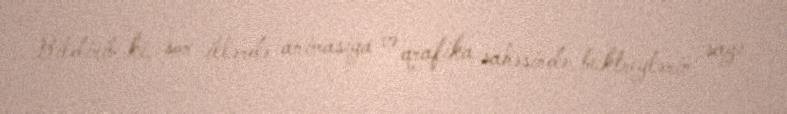
Bildirib ki, son illərdə animasiya və qrafika sahəsində buktreylərin sayı